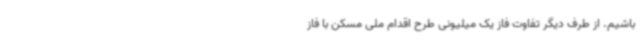
باشیم. از طرف دیگر تفاوت فاز یک میلیونی طرح اقدام ملی مسکن با فاز